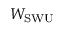
W _ { \mathrm { S W U } }